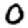
Digit: 0